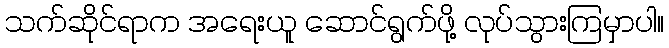
သက်ဆိုင်ရာက အရေးယူ ဆောင်ရွက်ဖို့ လုပ်သွားကြမှာပါ။